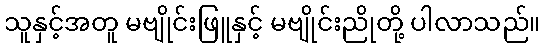
သူနှင့်အတူ မဗျိုင်းဖြူနှင့် မဗျိုင်းညိုတို့ ပါလာသည်။